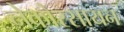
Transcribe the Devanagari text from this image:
नेक्रोरसायन